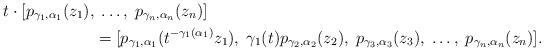
LaTeX: \begin{align*}t \cdot [p_{\gamma_1, \alpha_1}(z_1), &\; \ldots, \; p_{\gamma_n, \alpha_n}(z_n)] \\& =[p_{\gamma_1, \alpha_1}(t^{-\gamma_1(\alpha_1)}z_1), \; \gamma_1(t)p_{\gamma_2, \alpha_2}(z_2), \;p_{\gamma_3, \alpha_3}(z_3), \;\ldots, \; p_{\gamma_n, \alpha_n}(z_n)].\end{align*}